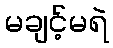
မချင့်မရဲ